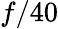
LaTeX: f/40